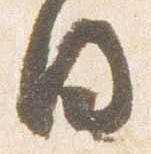
日